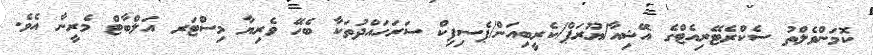
ކޮމަންވެލްތު ސެކްރެޓޭރިއެޓްގެ އޭޝިއާ/ޔޫރަޕް/ކެރީބިއަން/ޕެސިފިކް ސަރަހައްދުތަކާ ބެހޭ ވެރިޔާ މިސްޓަރ އަލްބާޓް މެރީނާ އެވެ.